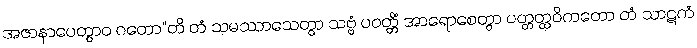
အဇာနာပေတွာဝ ဂတော”တိ တံ သမဿာသေတွာ သဗ္ဗံ ပဝတ္တိံ အာရောစေတွာ ပတ္တတ္ထဝိကတော တံ သာဋကံ